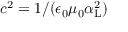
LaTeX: c ^ { 2 } = 1 / ( \epsilon _ { 0 } \mu _ { 0 } \alpha _ { \mathrm { { L } } } ^ { 2 } )